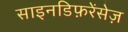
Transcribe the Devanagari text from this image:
साइनडिफ़रेंसेज़